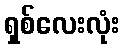
ရှစ်လေးလုံး